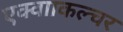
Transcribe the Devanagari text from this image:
एक्वााकल्चर